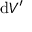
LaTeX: \mathrm { d } V ^ { \prime }